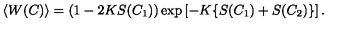
\langle W ( C ) \rangle = ( 1 - 2 K S ( C _ { 1 } ) ) \exp \left[ - K \{ S ( C _ { 1 } ) + S ( C _ { 2 } ) \} \right] .